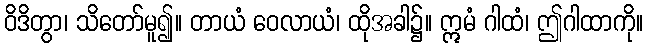
ဝိဒိတွာ၊ သိတော်မူ၍။ တာယံ ဝေလာယံ၊ ထိုအခါ၌။ ဣမံ ဂါထံ၊ ဤဂါထာကို။